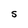
Character: S